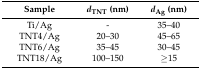
| Sample | dTNT (nm) | dAg (nm) |
 | --- | --- | --- |
 | Ti/Ag | - | 35–40 |
 | TNT4/Ag | 20–30 | 45–65 |
 | TNT6/Ag | 35–45 | 30–45 |
 | TNT18/Ag | 100–150 | ≥15 |